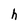
Character: h